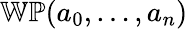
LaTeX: \mathbb{WP}(a_{0},\ldots,a_{n})